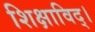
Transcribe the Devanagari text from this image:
शिक्षाविद्।